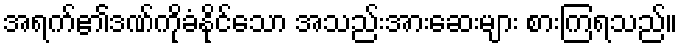
အရက်၏ဒဏ်ကိုခံနိုင်သော အသည်းအားဆေးများ စားကြရသည်။